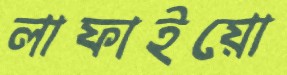
লাফাইয়ো